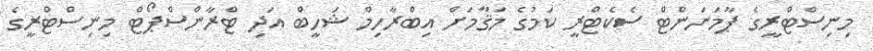
މިނިސްޓްރީގެ ޕާމަނަންޓް ސެކެޓްރީ ކަމުގެ މަޤާމަށް އިބްރާހިމް ޝަހީބް އަދި ޓްރާންސްޕޯޓް މިނިސްޓްރީގެ